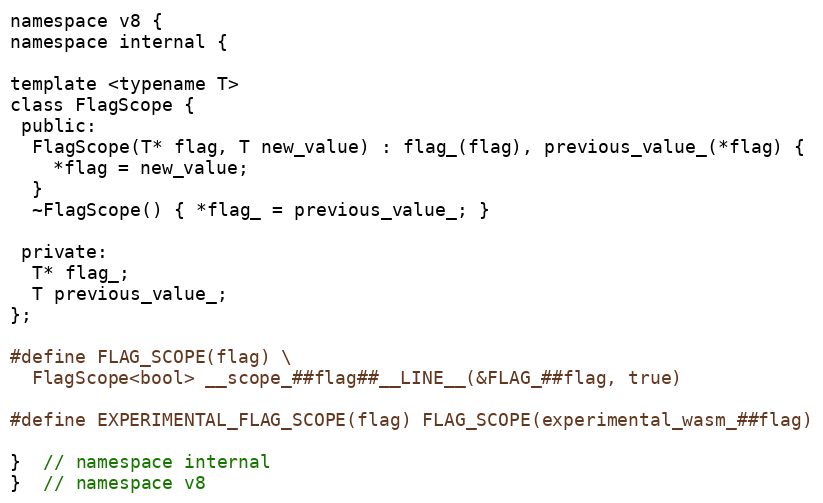
Language: C
namespace v8 {
namespace internal {

template <typename T>
class FlagScope {
 public:
  FlagScope(T* flag, T new_value) : flag_(flag), previous_value_(*flag) {
    *flag = new_value;
  }
  ~FlagScope() { *flag_ = previous_value_; }

 private:
  T* flag_;
  T previous_value_;
};

#define FLAG_SCOPE(flag) \
  FlagScope<bool> __scope_##flag##__LINE__(&FLAG_##flag, true)

#define EXPERIMENTAL_FLAG_SCOPE(flag) FLAG_SCOPE(experimental_wasm_##flag)

}  // namespace internal
}  // namespace v8